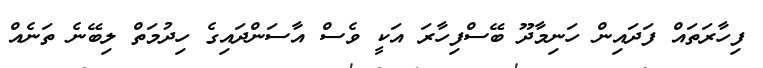
ފިހާރަތައް ފަދައިން ހަނިމާދޫ ބޭސްފިހާރަ އަކީ ވެސް އާސަންދައިގެ ހިދުމަތް ލިބޭނެ ތަނެއް